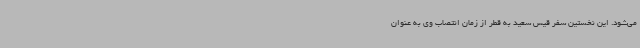
می‌شود. این نخستین سفر قیس سعید به قطر از زمان انتصاب وی به عنوان